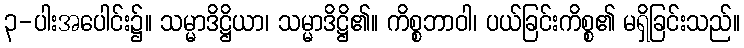
၃-ပါးအပေါင်း၌။ သမ္မာဒိဋ္ဌိယာ၊ သမ္မာဒိဋ္ဌိ၏။ ကိစ္စဘာဝါ၊ ပယ်ခြင်းကိစ္စ၏ မရှိခြင်းသည်။